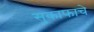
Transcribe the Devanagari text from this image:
सुकाफाचे